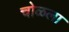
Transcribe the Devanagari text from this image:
चोळला